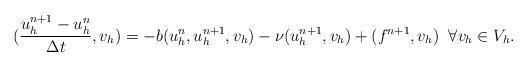
LaTeX: \begin{align*}(\frac{u^{n+1}_{h} - u^{n}_{h}}{\Delta t},v_{h}) = -b(u^{n}_{h},u^{n+1}_{h},v_{h}) - \nu (u^{n+1}_{h}, v_{h}) + (f^{n+1},v_{h}) \; \; \forall v_{h} \in V_{h}.\end{align*}